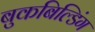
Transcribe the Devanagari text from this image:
बुकबिल्डिंग